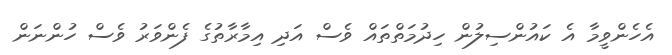
އެހެންވީމާ އެ ކައުންސިލުން ހިދުމަތްތައް ވެސް އަދި އިމާރާތުގެ ފެންވަރު ވެސް ހުންނަން